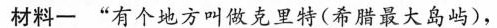
材料一 ”有个地方叫做克里特(希腊最大岛屿)，